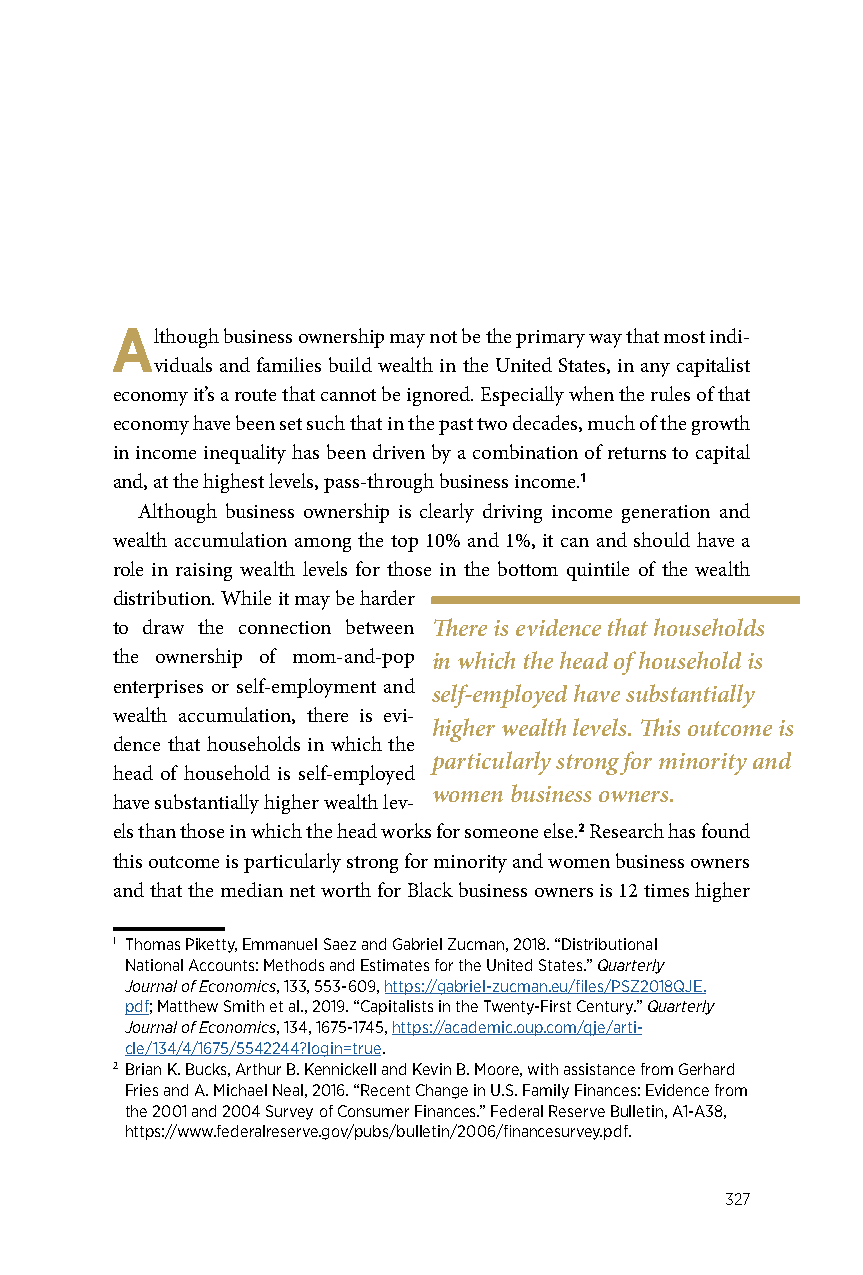
Although business ownership may not be the primary way that most indi-
 viduals and families build wealth in the United States, in any capitalist
 economy it’s a route that cannot be ignored. Especially when the rules of that
 economy have been set such that in the past two decades, much of the growth
 in income inequality has been driven by a combination of returns to capital
 and, at the highest levels, pass-through business income.1
 Although business ownership is clearly driving income generation and
 wealth accumulation among the top 10% and 1%, it can and should have a
 role in raising wealth levels for those in the bottom quintile of the wealth
 distribution. While it may be harder
 to draw the connection between There is evidence that households
 the ownership of mom-and-pop in which the head of household is
 enterprises or self-employment and
 self-employed have substantially
 wealth accumulation, there is evi-
 higher wealth levels. This outcome is
 dence that households in which the
 particularly strong for minority and
 head of household is self-employed
 women business owners.
 have substantially higher wealth lev-
 els than those in which the head works for someone else.2 Research has found
 this outcome is particularly strong for minority and women business owners
 and that the median net worth for Black business owners is 12 times higher
 1 Thomas Piketty, Emmanuel Saez and Gabriel Zucman, 2018. “Distributional
 National Accounts: Methods and Estimates for the United States.” Quarterly
 Journal of Economics, 133, 553-609, https://gabriel-zucman.eu/files/PSZ2018QJE.
 pdf; Matthew Smith et al., 2019. “Capitalists in the Twenty-First Century.” Quarterly
 Journal of Economics, 134, 1675-1745, https://academic.oup.com/qje/arti-
 cle/134/4/1675/5542244?login=true.
 2 Brian K. Bucks, Arthur B. Kennickell and Kevin B. Moore, with assistance from Gerhard
 Fries and A. Michael Neal, 2016. “Recent Change in U.S. Family Finances: Evidence from
 the 2001 and 2004 Survey of Consumer Finances.” Federal Reserve Bulletin, A1-A38,
 https://www.federalreserve.gov/pubs/bulletin/2006/financesurvey.pdf.
 327